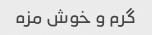
گرم و خوش مزه